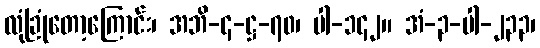
လုံခြုံတော့ကြောင်း၊ အဘိ-၄-ဋ္ဌ-၇၀၊ ပါ-၁၄၂။ အံ-၃-ပါ-၂၃၃၊